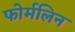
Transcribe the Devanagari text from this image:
फोर्मलिन